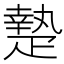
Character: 𤴢